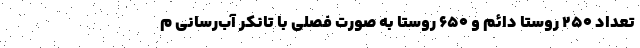
تعداد ۲۵۰ روستا دائم و ۶۵۰ روستا به صورت فصلی با تانکر آب‌رسانی م